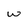
Character: w